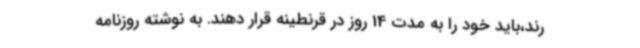
رند،باید خود را به مدت 14 روز در قرنطینه قرار دهند. به نوشته روزنامه